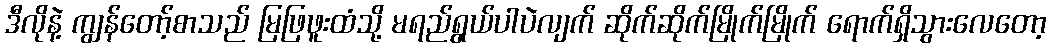
ဒီလိုနဲ့ ကျွန်တော့်စာသည် မြဖြဖူးထံသို့ မရည်ရွယ်ပါပဲလျက် ဆိုက်ဆိုက်မြိုက်မြိုက် ရောက်ရှိသွားလေတော့